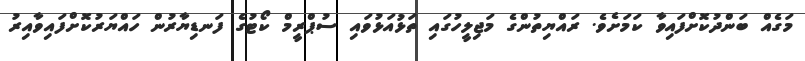
މަގެއް ބަންދުކޮށްފައިވާ ކަމަށެވެ. ރައްޔިތުންގެ މަޖިލީހުގައި ތަޅުއަޅުވައި ސުޕްރީމް ކޯޓުގެ ފަނޑިޔާރުން ހައްޔަރުކޮށްފައިވާއިރު